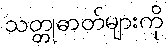
သတ္တုဓာတ်များကို